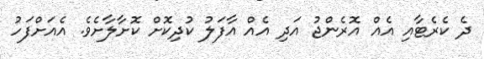
ދެ ކެރެޓާއި އެއް އޮރެންޖު އަދި އެއް އާފަލު ކުދިކޮށް ކޮށާލާށެވެ. އެއަށްފަހު